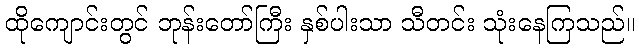
ထိုကျောင်းတွင် ဘုန်းတော်ကြီး နှစ်ပါးသာ သီတင်း သုံးနေကြသည်။